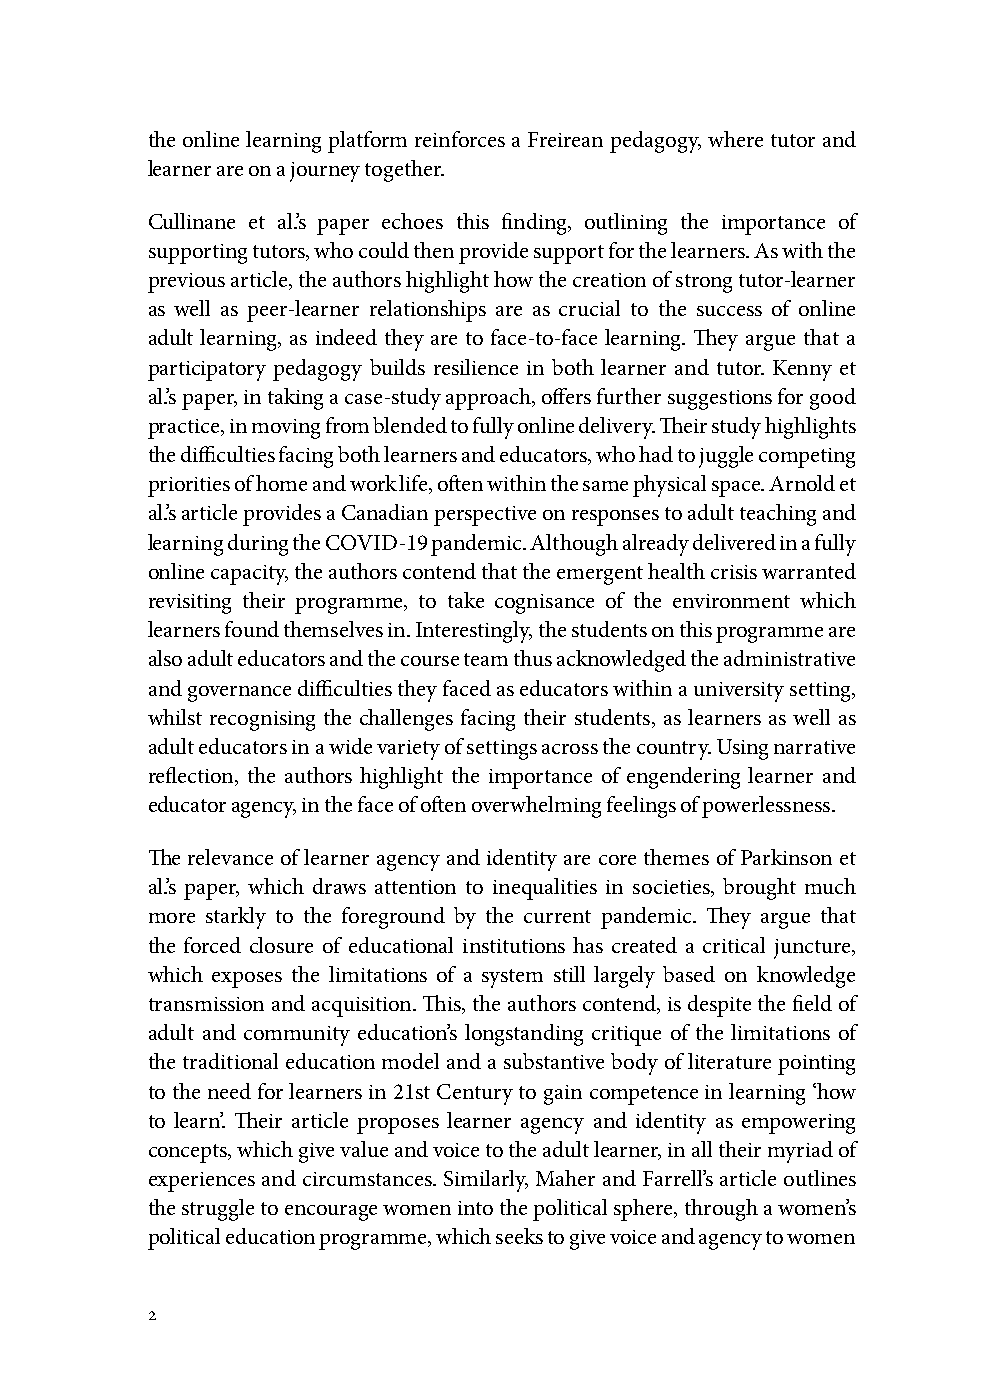
the online learning platform reinforces a Freirean pedagogy, where tutor and
 learner are on a journey together.
 Cullinane et al.’s paper echoes this finding, outlining the importance of
 supporting tutors, who could then provide support for the learners. As with the
 previous article, the authors highlight how the creation of strong tutor-learner
 as well as peer-learner relationships are as crucial to the success of online
 adult learning, as indeed they are to face-to-face learning. They argue that a
 participatory pedagogy builds resilience in both learner and tutor. Kenny et
 al.’s paper, in taking a case-study approach, offers further suggestions for good
 practice, in moving from blended to fully online delivery. Their study highlights
 the difficulties facing both learners and educators, who had to juggle competing
 priorities of home and work life, often within the same physical space. Arnold et
 al.’s article provides a Canadian perspective on responses to adult teaching and
 learning during the COVID-19 pandemic. Although already delivered in a fully
 online capacity, the authors contend that the emergent health crisis warranted
 revisiting their programme, to take cognisance of the environment which
 learners found themselves in. Interestingly, the students on this programme are
 also adult educators and the course team thus acknowledged the administrative
 and governance difficulties they faced as educators within a university setting,
 whilst recognising the challenges facing their students, as learners as well as
 adult educators in a wide variety of settings across the country. Using narrative
 reflection, the authors highlight the importance of engendering learner and
 educator agency, in the face of often overwhelming feelings of powerlessness.
 The relevance of learner agency and identity are core themes of Parkinson et
 al.’s paper, which draws attention to inequalities in societies, brought much
 more starkly to the foreground by the current pandemic. They argue that
 the forced closure of educational institutions has created a critical juncture,
 which exposes the limitations of a system still largely based on knowledge
 transmission and acquisition. This, the authors contend, is despite the field of
 adult and community education’s longstanding critique of the limitations of
 the traditional education model and a substantive body of literature pointing
 to the need for learners in 21st Century to gain competence in learning ‘how
 to learn’. Their article proposes learner agency and identity as empowering
 concepts, which give value and voice to the adult learner, in all their myriad of
 experiences and circumstances. Similarly, Maher and Farrell’s article outlines
 the struggle to encourage women into the political sphere, through a women’s
 political education programme, which seeks to give voice and agency to women
 2